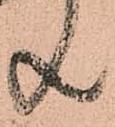
共